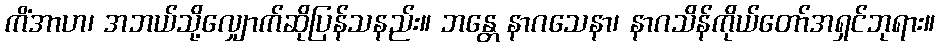
ကိံအာဟ၊ အဘယ်သို့လျှောက်ဆိုပြန်သနည်း။ ဘန္တေ နာဂသေနာ၊ နာဂသိန်ကိုယ်တော်အရှင်ဘုရား။